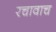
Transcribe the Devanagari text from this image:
रचावाच